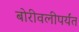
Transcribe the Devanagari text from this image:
बोरीवलीपर्यंत